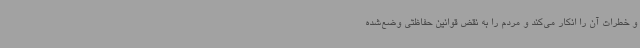
و خطرات آن را انکار می‌کند و مردم را به نقض قوانین حفاظتی وضع‌شده